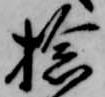
捻